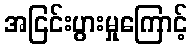
အငြင်းပွားမှုကြောင့်